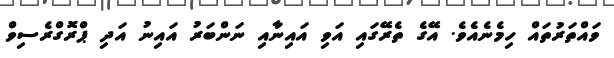
ވައްތަރުތައް ހިމެނެއެވެ. އޭގެ ތެރޭގައި އަވި އައިނާއި ނަންބަރު އައިނު އަދި ޕްރޮގްރެސިވް